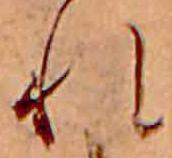
れ